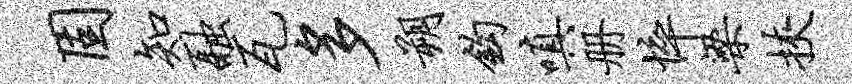
固知融瓦多朔钩嗔册悴梁挟